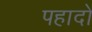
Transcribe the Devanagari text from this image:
पहादो